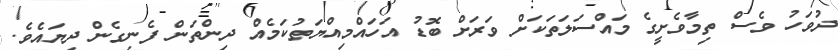
ދުވަހު ވެސް ތިމާވެށީގެ މައްސަލަތަކަށް ވަރަށް ބޮޑު އަހައްމިއްޔަތުކަމެއް ދިންތަން ފެނިގެން ދިޔައެވެ.